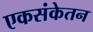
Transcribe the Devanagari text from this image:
एकसंकेतन